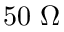
5 0 ~ \Omega